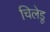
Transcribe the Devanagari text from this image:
चिलेडू